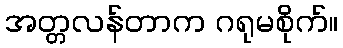
အတ္တလန်တာက ဂရုမစိုက်။